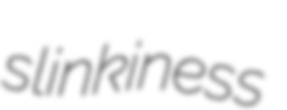
slinkiness